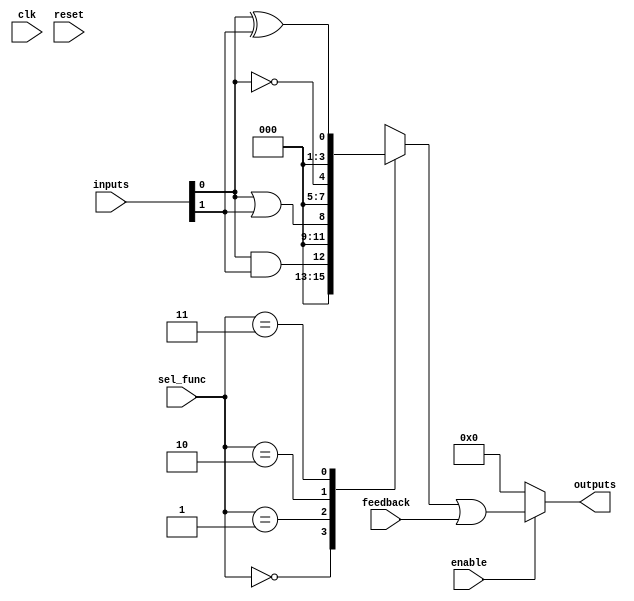
module CLB (
    input wire [3:0] inputs,         // 4 input lines
    input wire [1:0] sel_func,       // Selector for multiplexer to choose logic functions
    input wire enable,                // Enable signal
    input wire clk,                   // Global clock signal
    input wire reset,                 // Global reset signal
    output wire [3:0] outputs,        // 4 output lines
    input wire feedback                // Feedback path input
);

    // Internal signals
    wire [3:0] lut_out;               // Outputs from LUTs
    wire [3:0] mux_out;               // Output from multiplexer

    // Lookup Tables (LUTs)
    // Each LUT can be programmed to perform different logic functions
    // For demonstration, we use simple logic functions
    assign lut_out[0] = inputs[0] & inputs[1];  // AND
    assign lut_out[1] = inputs[0] | inputs[1];  // OR
    assign lut_out[2] = ~inputs[0];              // NOT
    assign lut_out[3] = inputs[0] ^ inputs[1];  // XOR

    // Multiplexer to select output from LUTs based on sel_func
    always @(*) begin
        case (sel_func)
            2'b00: mux_out = lut_out[0]; // Select AND output
            2'b01: mux_out = lut_out[1]; // Select OR output
            2'b10: mux_out = lut_out[2]; // Select NOT output
            2'b11: mux_out = lut_out[3]; // Select XOR output
            default: mux_out = 4'b0000;   // Default case
        endcase
    end

    // Output logic with feedback and enable control
    assign outputs = enable ? (mux_out | feedback) : 4'b0000; // Output logic with feedback

endmodule